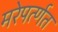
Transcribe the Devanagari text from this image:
मरेपर्त्णत